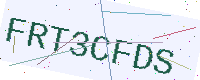
Text: FRT3CFDS